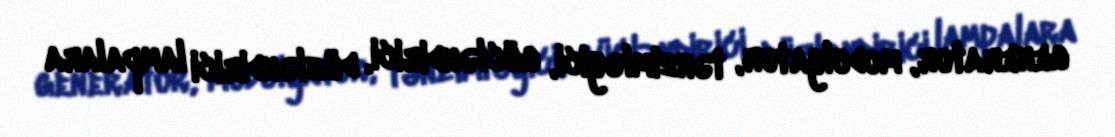
generator, modulyator, tənzimləyici, gücləndirici, düzləndirici lampalara